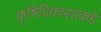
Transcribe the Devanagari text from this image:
कृषिविकासाकडे